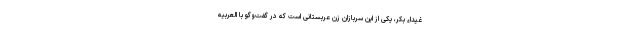
غیداء بکر، یکی از این سربازان زن عربستانی است که در گفت‌وگو با العربیه